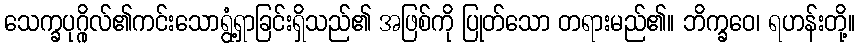
သေက္ခပုဂ္ဂိုလ်၏ကင်းသောရွံ့ရှာခြင်းရှိသည်၏ အဖြစ်ကို ပြုတ်သော တရားမည်၏။ ဘိက္ခဝေ၊ ရဟန်းတို့။